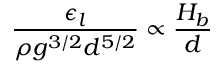
\frac { \epsilon _ { l } } { \rho g ^ { 3 / 2 } d ^ { 5 / 2 } } \propto \frac { H _ { b } } { d }